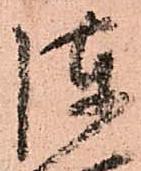
陣